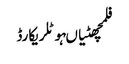
فلمچھٹیاںہوٹلریکارڈ